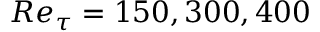
R e _ { \tau } = 1 5 0 , 3 0 0 , 4 0 0